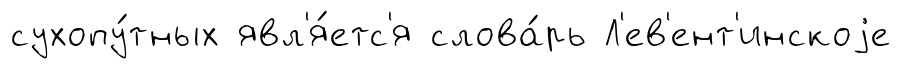
сухопу́тных явл'я́етс'я слова́рь Л'ев'ент'инскоjе